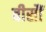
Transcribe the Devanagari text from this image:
बीसौं